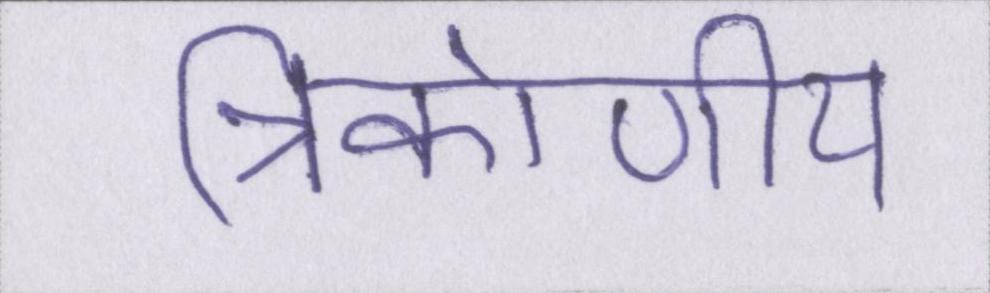
त्रिकोणीय